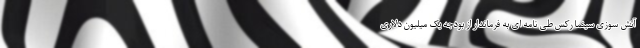
آتش سوزی سینما رکس طی نامه ای به فرماندار از بودجه یک میلیون دلاری